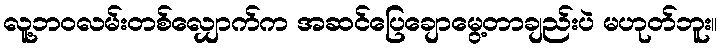
လူ့ဘဝလမ်းတစ်လျှောက်က အဆင်ပြေချောမွေ့တာချည်းပဲ မဟုတ်ဘူး။